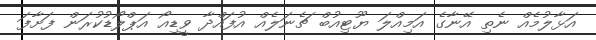
އަޅާލުމެއް ނެތި އޭނާގެ އަމިއްލަ ޔޫޓިއުބް ޗެނަލެއް އުފައްދާ ވީޑިއޯ އަޕްލޯޑުކުރަން ފަށާފަ